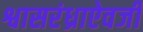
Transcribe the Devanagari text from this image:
श्वासरंध्राऐवजी